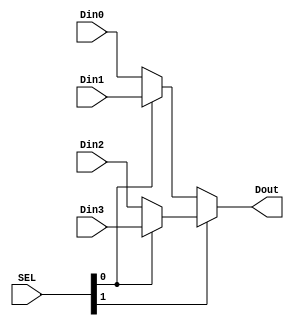
`timescale 1ns / 1ps

module ThreeWayMUX #(parameter WL = 32) (SEL, Din0, Din1, Din2, Din3, Dout);

input [1:0] SEL;
input [WL-1:0] Din0, Din1, Din2, Din3;
output [WL-1:0] Dout;

assign Dout = SEL[1] ? (SEL[0] ? Din3 : Din2) : (SEL[0] ? Din1 : Din0);

endmodule